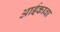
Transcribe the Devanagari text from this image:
आईकावा